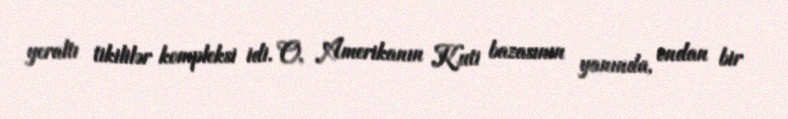
yeraltı tikililər kompleksi idi. O, Amerikanın Kuti bazasının yanında, ondan bir